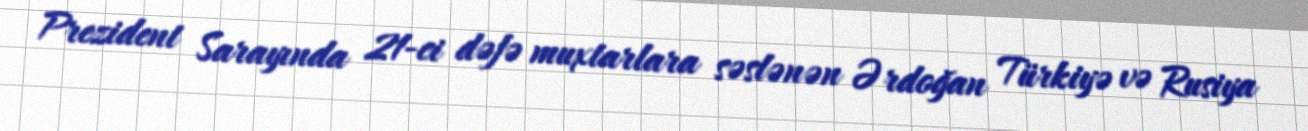
Prezident Sarayında 21-ci dəfə muxtarlara səslənən Ərdoğan Türkiyə və Rusiya